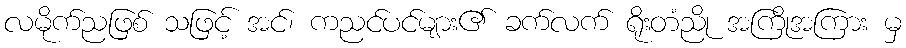
လမိုက်ညဖြစ် သဖြင့် အင်၊ ကညင်ပင်များ၏ ခက်လက် ရိုးတံညို အကြိုအကြား မှ